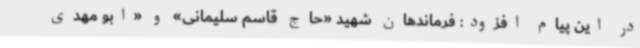
در این پیام افزود: فرماندهان شهید «حاج قاسم سلیمانی» و «ابو مهدی